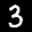
Label: 3